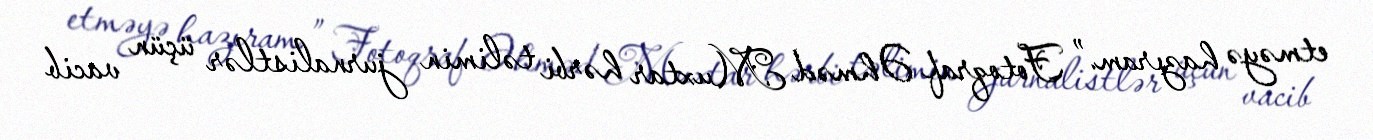
etməyə hazıram.” Fotoqraf Əhməd Muxtar hərbi təlimin jurnalistlər üçün vacib